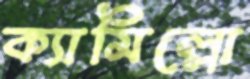
ক্যামিল্লো